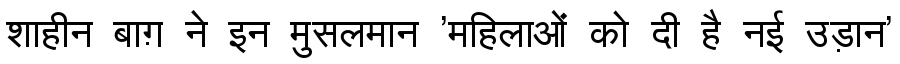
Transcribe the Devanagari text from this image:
शाहीन बाग़ ने इन मुसलमान 'महिलाओं को दी है नई उड़ान'